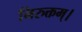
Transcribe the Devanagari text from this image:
निरुक्तम्।